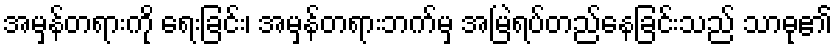
အမှန်တရားကို ရေးခြင်း၊ အမှန်တရားဘက်မှ အမြဲရပ်တည်နေခြင်းသည် သာဓု၏